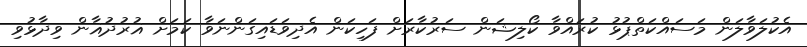
އެކުލަވާލަން މަސައްކަތްޕުޅު ކުރައްވާ ކޯލިޝަން ސަރުކާރަށް ފަހިކަން އެދިވަޑައިގަންނަވާ ކަމަށް ޣުރުދުޣާން ވިދާޅުވި